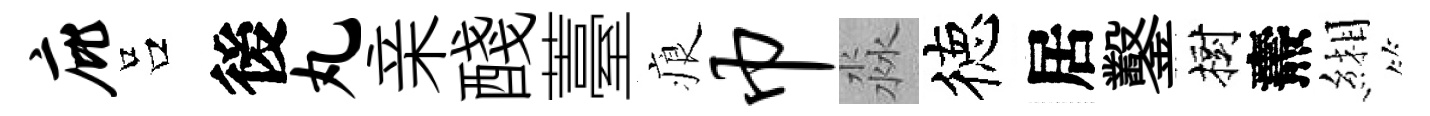
庇吕後丸亲醆薹痕巾淼徳居鑿樹燾緗